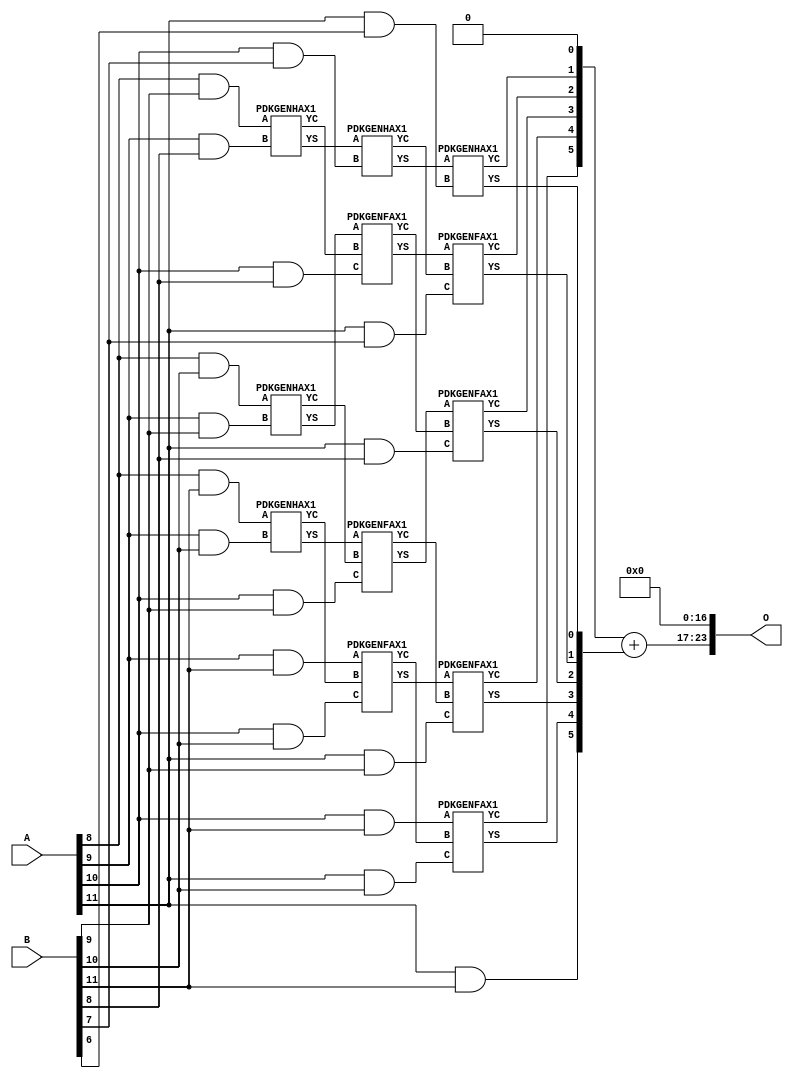
/***
* This code is a part of EvoApproxLib library (ehw.fit.vutbr.cz/approxlib) distributed under The MIT License.
* When used, please cite the following article(s): PRABAKARAN B. S., MRAZEK V., VASICEK Z., SEKANINA L., SHAFIQUE M. ApproxFPGAs: Embracing ASIC-based Approximate Arithmetic Components for FPGA-Based Systems. DAC 2020. 
***/
// MAE% = 2.33 %
// MAE = 391168 
// WCE% = 9.33 %
// WCE = 1564673 
// WCRE% = 100.00 %
// EP% = 99.95 %
// MRE% = 22.85 %
// MSE = 21622.414e7 
// FPGA_POWER = 0.39
// FPGA_DELAY = 8.3
// FPGA_LUT = 19


module mul12u_2TL ( A, B, O );
  input [11:0] A;
  input [11:0] B;
  output [23:0] O;

  wire C_10_10,C_10_7,C_10_8,C_10_9,C_11_10,C_11_6,C_11_7,C_11_8,C_11_9,C_9_10,C_9_8,C_9_9,S_10_10,S_10_11,S_10_7,S_10_8,S_10_9,S_11_10,S_11_11,S_11_6,S_11_7,S_11_8,S_11_9,S_12_10,S_12_11,S_12_5,S_12_6,S_12_7,S_12_8,S_12_9,S_8_10,S_8_11,S_8_9,S_9_10,S_9_11,S_9_8,S_9_9;

  assign S_8_9 = (A[8] & B[9]);
  assign S_8_10 = (A[8] & B[10]);
  assign S_8_11 = (A[8] & B[11]);
  PDKGENHAX1 U326777 (.A(S_8_9), .B((A[9] & B[8])), .YS(S_9_8), .YC(C_9_8));
  PDKGENHAX1 U326778 (.A(S_8_10), .B((A[9] & B[9])), .YS(S_9_9), .YC(C_9_9));
  PDKGENHAX1 U326779 (.A(S_8_11), .B((A[9] & B[10])), .YS(S_9_10), .YC(C_9_10));
  assign S_9_11 = (A[9] & B[11]);
  PDKGENHAX1 U326788 (.A(S_9_8), .B((A[10] & B[7])), .YS(S_10_7), .YC(C_10_7));
  PDKGENFAX1 U326789 (.A(S_9_9), .B(C_9_8), .C((A[10] & B[8])), .YS(S_10_8), .YC(C_10_8));
  PDKGENFAX1 U326790 (.A(S_9_10), .B(C_9_9), .C((A[10] & B[9])), .YS(S_10_9), .YC(C_10_9));
  PDKGENFAX1 U326791 (.A(S_9_11), .B(C_9_10), .C((A[10] & B[10])), .YS(S_10_10), .YC(C_10_10));
  assign S_10_11 = (A[10] & B[11]);
  PDKGENHAX1 U326799 (.A(S_10_7), .B((A[11] & B[6])), .YS(S_11_6), .YC(C_11_6));
  PDKGENFAX1 U326800 (.A(S_10_8), .B(C_10_7), .C((A[11] & B[7])), .YS(S_11_7), .YC(C_11_7));
  PDKGENFAX1 U326801 (.A(S_10_9), .B(C_10_8), .C((A[11] & B[8])), .YS(S_11_8), .YC(C_11_8));
  PDKGENFAX1 U326802 (.A(S_10_10), .B(C_10_9), .C((A[11] & B[9])), .YS(S_11_9), .YC(C_11_9));
  PDKGENFAX1 U326803 (.A(S_10_11), .B(C_10_10), .C((A[11] & B[10])), .YS(S_11_10), .YC(C_11_10));
  assign S_11_11 = (A[11] & B[11]);
  assign {S_12_11, S_12_10, S_12_9, S_12_8, S_12_7, S_12_6, S_12_5} = {C_11_10, C_11_9, C_11_8, C_11_7, C_11_6, 1'b0} + {S_11_11, S_11_10, S_11_9, S_11_8, S_11_7, S_11_6};
  assign O = {S_12_11,S_12_10,S_12_9,S_12_8,S_12_7,S_12_6,S_12_5,1'b0,1'b0,1'b0,1'b0,1'b0,1'b0,1'b0,1'b0,1'b0,1'b0,1'b0,1'b0,1'b0,1'b0,1'b0,1'b0,1'b0};

endmodule

/* mod */
module PDKGENHAX1( input A, input B, output YS, output YC );
    assign YS = A ^ B;
    assign YC = A & B;
endmodule
/* mod */
module PDKGENFAX1( input A, input B, input C, output YS, output YC );
    assign YS = (A ^ B) ^ C;
    assign YC = (A & B) | (B & C) | (A & C);
endmodule